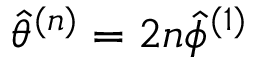
\hat { \theta } ^ { ( n ) } = 2 n \hat { \phi } ^ { ( 1 ) }